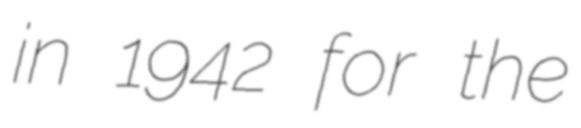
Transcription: in 1942 for the